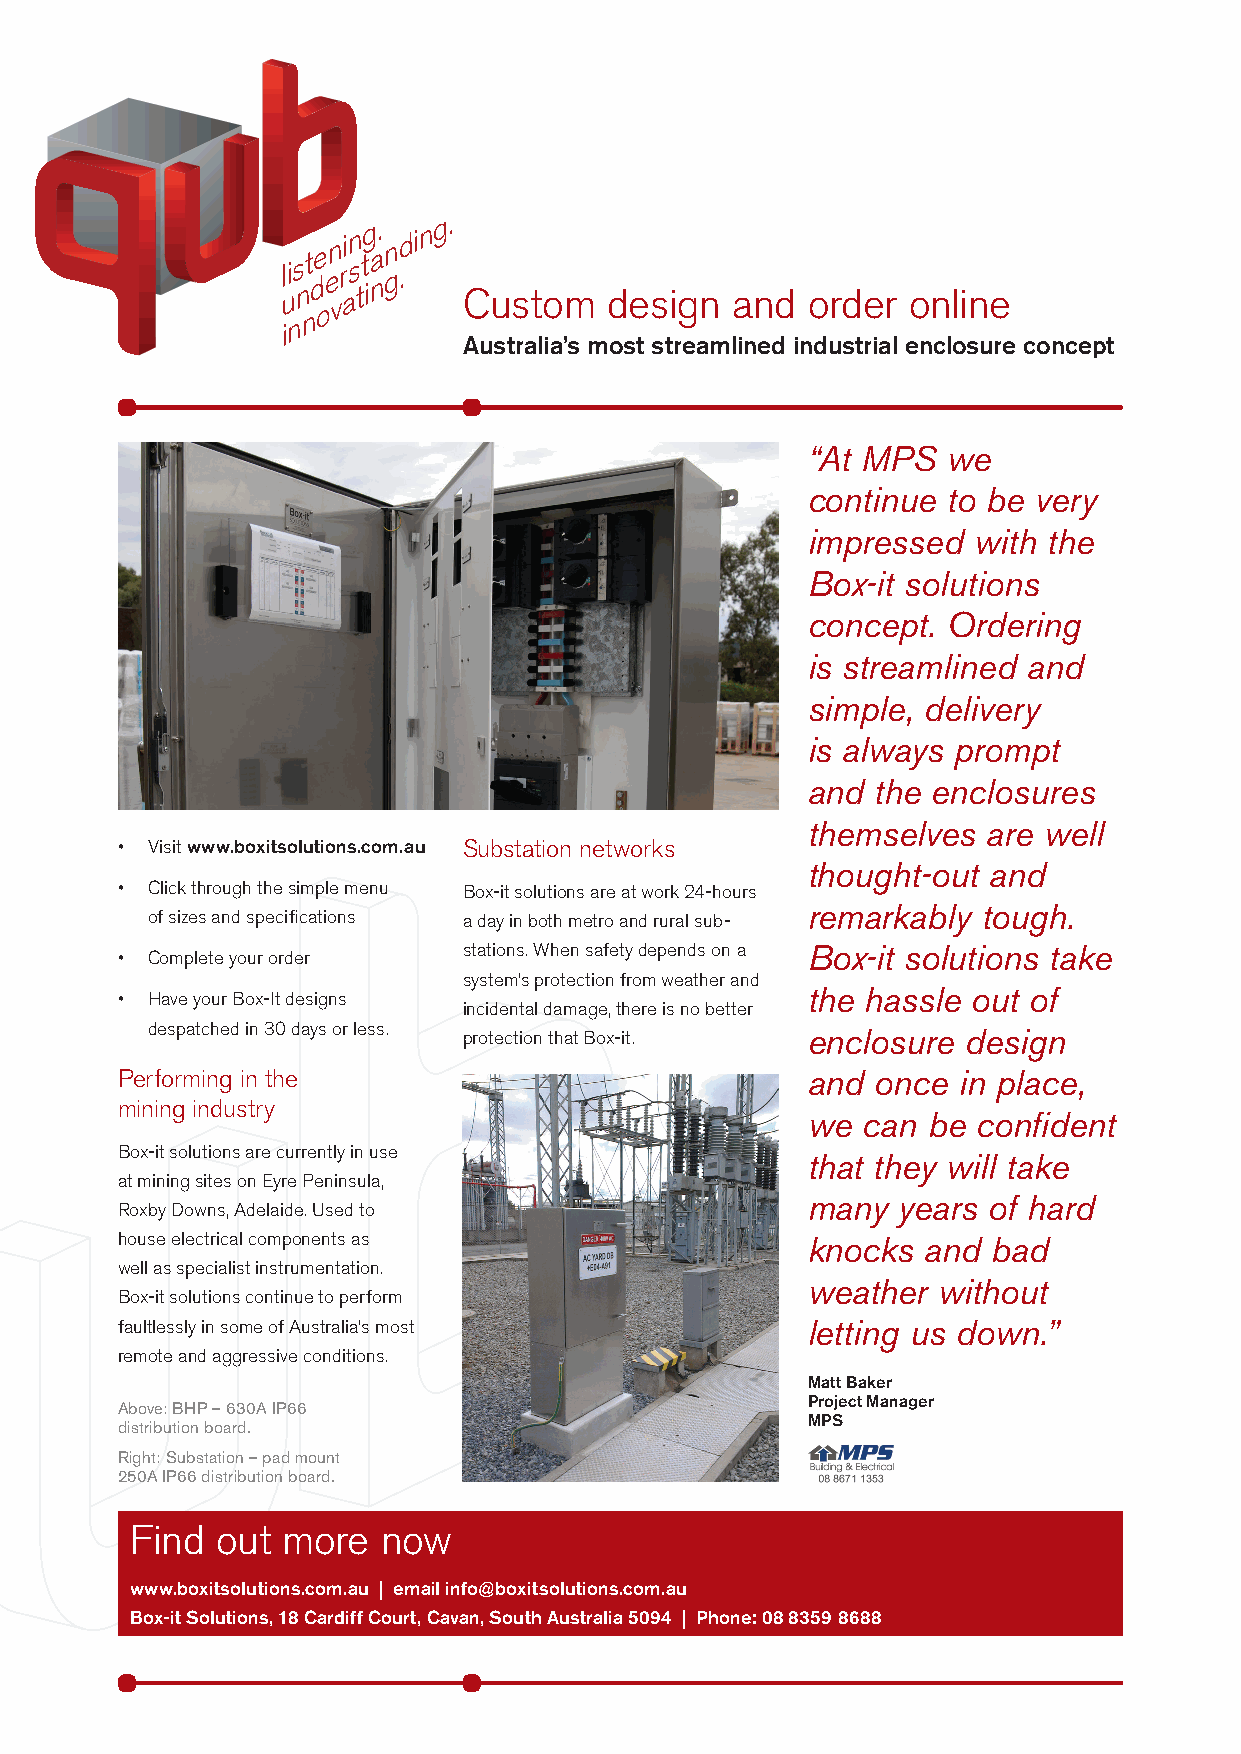
liste en rin
 stg a.
 n gd
 .
 ing.
 d  n
 un  ati
 Custom   design  and  order  online
 ov
 n
 n
 i
 Australia’s most streamlined industrial enclosure concept
 “At MPS   we
 continue  to be very
 impressed  with the
 Box-it solutions
 concept.  Ordering
 is streamlined and
 simple, delivery
 is always prompt
 and  the enclosures
 themselves  are well
 • Visit www.boxitsolutions.com.au Substation networks
 thought-out and
 • Click through the simple menu Box-it solutions are at work 24-hours
 remarkably  tough.
 of sizes and specifications a day in both metro and rural sub-
 stations. When safety depends on a Box-it solutions take
 • Complete your order
 system’s protection from weather and
 • Have your Box-It designs                   the hassle out of
 incidental damage, there is no better
 despatched in 30 days or less.
 protection that Box-it. enclosure design
 Performing in the                            and  once in place,
 mining industry
 we  can be  confident
 Box-it solutions are currently in use
 that they will take
 at mining sites on Eyre Peninsula,
 many  years of hard
 Roxby Downs, Adelaide. Used to
 house electrical components as               knocks  and  bad
 well as specialist instrumentation.
 weather  without
 Box-it solutions continue to perform
 faultlessly in some of Australia’s most      letting us down.”
 remote and aggressive conditions.
 Matt Baker
 Project Manager
 Above: BHP – 630A IP66
 MPS
 distribution board.
 Right: Substation – pad mount
 250A IP66 distribution board.
 Find out  more  now
 www.boxitsolutions.com.au | email info@boxitsolutions.com.au
 Box-it Solutions, 18 Cardiff Court, Cavan, South Australia 5094 | Phone: 08 8359 8688